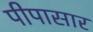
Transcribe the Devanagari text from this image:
पीपासार